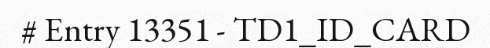
# Entry 13351 - TD1_ID_CARD